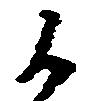
候